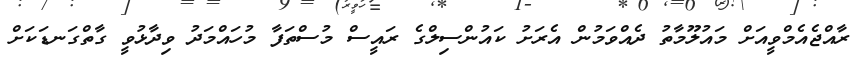
ރާއްޖެއެމްވީއަށް މައުލޫމާތު ދެއްވަމުން އެރަށު ކައުންސިލްގެ ރައީސް މުސްތަފާ މުހައްމަދު ވިދާޅުވީ ގާތްގަނޑަކަށް